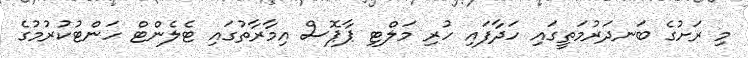
މި ރަށުގެ ބަނދަރުމަތީގައި ހަދާފައި ހުރި މަލްޓި ޕާޕޮސް އިމާރާތުގައި ޓެލެންޓް ހަންޓުކުރުމުގެ